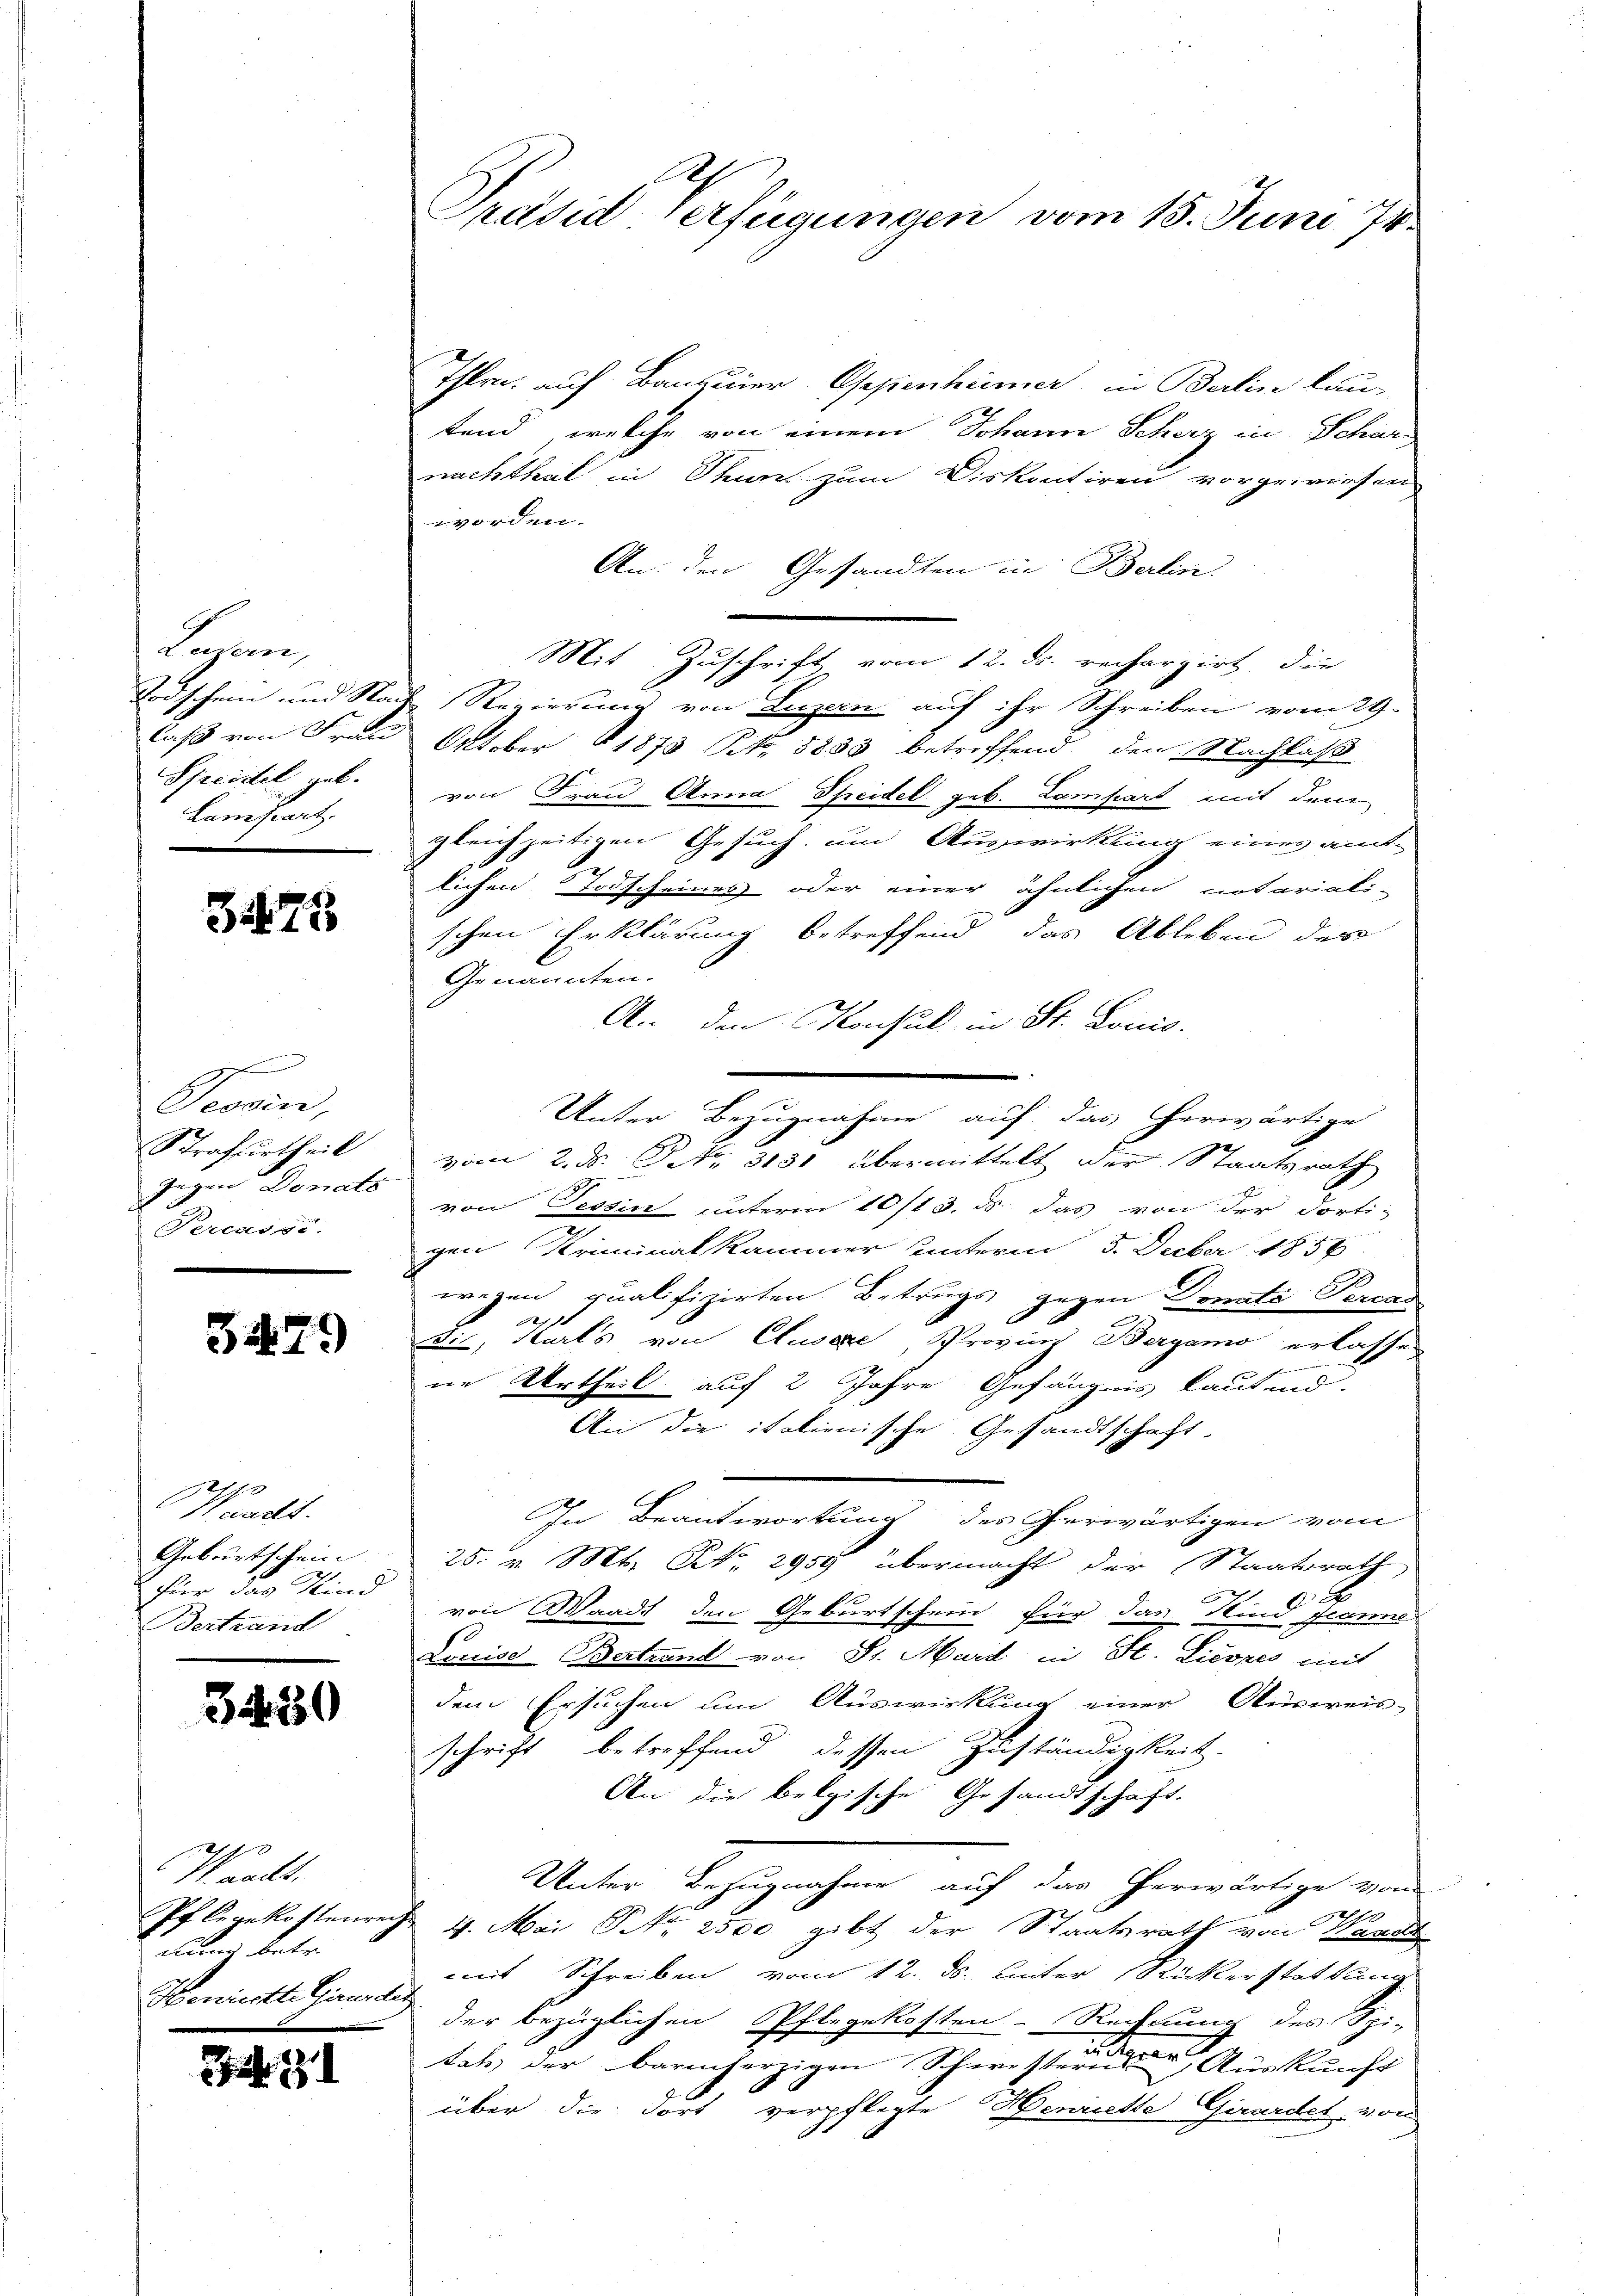
Sogen
Todschein und Stan
laß von Frau
Speidel geb.
Lampart

378

g
Tessin,
Strafurtheil
Gegen Donats
Percasse.

3479

Waadt.
Geburtschein
fier das Kind
Bertrand

3430

Waadt.
Pflegekostenrei
dung betre
Henrieste Genera

191

A
Präsiderfügungen vom 15. Juni 174

Thlr. auf Banquier Oppenhümer, in Berlin lau
tend, welche von einem Johann Scherz in Schar
nachthal in Thun zum Diskontiren vorgewiesen
worden.
An den Gesandten in Berlin.
Mit Zuschrift vom 12. d. rechargirt, die
 Regierung von Luzern auf ihr Schreiben vom 29.
Oktober 1873 N. 5833 betreffend den Nachlaß
von Frau Anna Speitel geb. Lampart mit dem
gleichzeitigen Gesuch um Auswirkung eines amt-
e
lichen Vorscheines oder einer ähnlichen notariali-
schen Erklärung betreffend das Ableben des
Genannten.
An den Konsul in St. Lonis.
Unter Bezugnahme auf das herwärtige
vom 2. d. Nr. 3131 übermittelt der Staatsrath
von Tessin unterm 10/13. ds. das von der dorti-
gen Kriminalkammer unterm 5. Feber 1856
wegen qualifizirten Betrugs gegen Donate Percas
2
sie, Karls von Cluseze, Provinz Bergamo erlassen
ne Urtheil auf 2 Jahre Gefängnis laut und
An die italienische Gesandtschaft
In Beantwortung des Gerwärtigen vom
25. v. Mt. N. 2959 übermacht der Staatsrath
von Waadt den Geburtschein für das Kind Jeanne
Louise Bertrand von Sr. Mard in St. Lieszes mit
dem Ersuchen um Auswirkung einer Ausweis-
schrift betreffend dessen Zuständigkeit.
An die belgische Gesandtschaft.
Unter Bezugnahme auf das herwärtige von
e
 4. Mai NNo. 2500. gibt der Staatsrath von Bande
mit Schreiben vom 12. ds. unter Rickerstattung
s
der bezüglichen Pflegekosten-Rechnung des Spi-
tats der barmherzigen Schwestern, Auskunft
über die Fort verpflegte Henrichte Girardel von